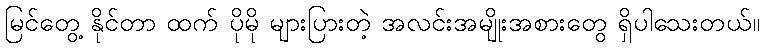
မြင်တွေ့ နိုင်တာ ထက် ပိုမို များပြားတဲ့ အလင်းအမျိုးအစားတွေ ရှိပါသေးတယ်။